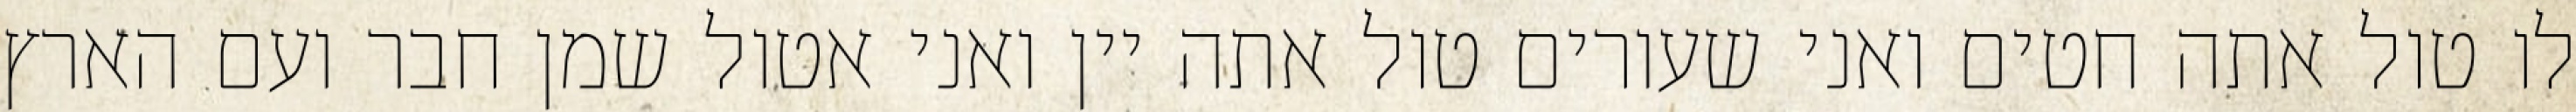
לו טול אתה חטים ואני שעורים טול אתה יין ואני אטול שמן חבר ועם הארץ